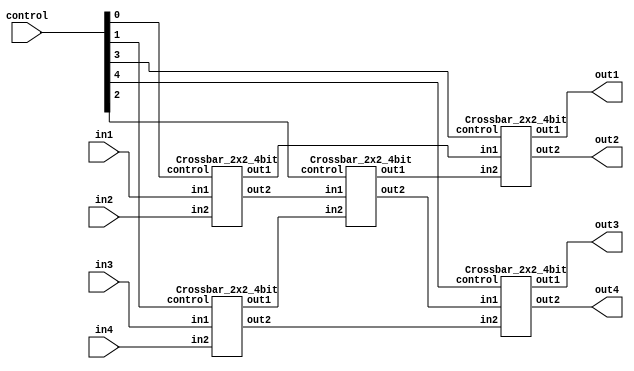
`timescale 1ns/1ps

module Crossbar_4x4_4bit(in1, in2, in3, in4, out1, out2, out3, out4, control);
input [3:0] in1, in2, in3, in4;
input [4:0] control;
output [3:0] out1, out2, out3, out4;

wire [3:0] upwire,downwire;
wire [3:0] midwire1,midwire2,midwire3,midwire4;

Crossbar_2x2_4bit Crossbar1(in1,in2,control[0],upwire,midwire1);
Crossbar_2x2_4bit Crossbar2(in3,in4,control[1],midwire2,downwire);
Crossbar_2x2_4bit Mid_Crossbar(midwire1,midwire2,control[2],midwire3,midwire4);
Crossbar_2x2_4bit Crossbar3(upwire,midwire3,control[3],out1,out2);
Crossbar_2x2_4bit Crossbar4(midwire4,downwire,control[4],out3,out4);

endmodule

module Crossbar_2x2_4bit(in1, in2, control, out1, out2);
input [3:0] in1, in2;
input control;
output [3:0] out1, out2;

wire [3:0]w1,w2,w3,w4;
wire ncontrol;

not NControl(ncontrol,control);
Dmux_1x2_4bit Dmux1(in1,w1,w2,ncontrol);
Dmux_1x2_4bit Dmux2(in2,w3,w4,control);
mux_2x1_4bit Mux1(w1,w3,ncontrol,out1);
mux_2x1_4bit Mux2(w2,w4,control,out2);

endmodule

module Dmux_1x2_4bit(in, a, b, ctrl);
input [3:0]in;
input ctrl;
output [3:0] a,b;

Dmux_1x2_1bit DMux0(in[0],a[0],b[0],ctrl);
Dmux_1x2_1bit DMux1(in[1],a[1],b[1],ctrl);
Dmux_1x2_1bit DMux2(in[2],a[2],b[2],ctrl);
Dmux_1x2_1bit DMux3(in[3],a[3],b[3],ctrl);

endmodule

module Dmux_1x2_1bit(in, a, b, ctrl);
input in;
input  ctrl;
output a,b;

wire nctrl;

not NCtrl(nctrl,ctrl);
and And0(a,in,nctrl), And1(b,in, ctrl);

endmodule

module mux_2x1_4bit(a,b,ctrl,f);

input [3:0] a,b;
input ctrl;
output [3:0] f;

mux_2x1_1bit Mux0(a[0],b[0],ctrl,f[0]);
mux_2x1_1bit Mux1(a[1],b[1],ctrl,f[1]);
mux_2x1_1bit Mux2(a[2],b[2],ctrl,f[2]);
mux_2x1_1bit Mux3(a[3],b[3],ctrl,f[3]);

endmodule

module mux_2x1_1bit(a,b, ctrl,f);

input a, b;
input ctrl;
output f;

wire [1:0] w;
wire nctrl;

not NCtrl(nctrl, ctrl);
and And0(w[0],a,nctrl), And1(w[1],b,ctrl);
or OR(f,w[0],w[1]);

endmodule